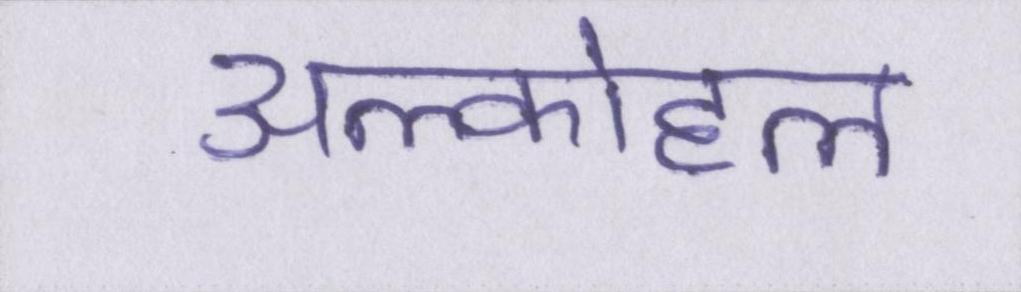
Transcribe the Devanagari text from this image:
अल्कोहल